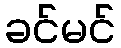
ခင်မင်